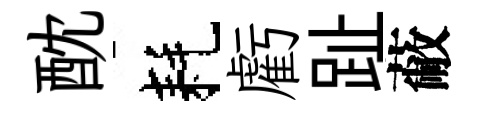
酖耗虧趾蔽